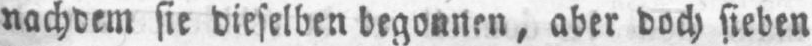
nachdem sie dieselben begonnen, aber doch sieben